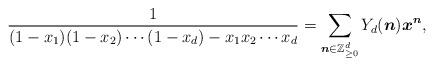
LaTeX: \begin{align*} \frac{1}{(1 - x_1) (1 - x_2) \cdots (1 - x_d) - x_1 x_2 \cdots x_d} = \sum_{\boldsymbol{n} \in \mathbb{Z}_{\geq 0}^d} Y_d (\boldsymbol{n}) \boldsymbol{x}^{\boldsymbol{n}}, \end{align*}